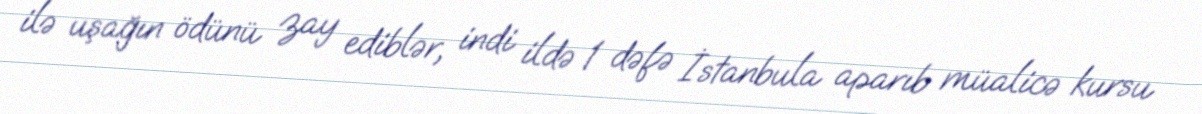
ilə uşağın ödünü zay ediblər, indi ildə 1 dəfə İstanbula aparıb müalicə kursu